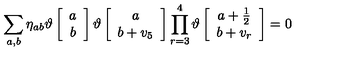
\sum _ { a , b } \eta _ { a b } \vartheta \left[ \begin{array} { c } { a } \\ { b } \\ \end{array} \right] \vartheta \left[ \begin{array} { c } { a } \\ { b + v _ { 5 } } \\ \end{array} \right] \prod _ { r = 3 } ^ { 4 } \vartheta \left[ \begin{array} { c } { a + \frac { 1 } { 2 } } \\ { b + v _ { r } } \\ \end{array} \right] = 0